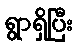
ရွာရှိပြီး